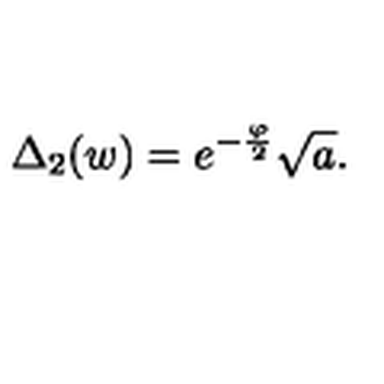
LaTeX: \Delta _ { 2 } ( w ) = e ^ { - \frac { \varphi } { 2 } } \sqrt { a } .